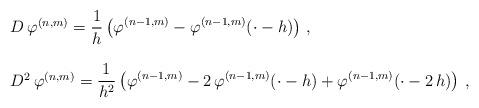
LaTeX: \begin{align*} \begin{array}{l}D\,\varphi^{(n,m)} = \displaystyle \frac 1{h} \left (\varphi^{(n-1,m)}-\varphi^{(n-1,m)}(\cdot-h) \right )\,, \\ \\D^2\,\varphi^{(n,m)} =\displaystyle \frac 1{h^2} \left (\varphi^{(n-1,m)}-2\,\varphi^{(n-1,m)}(\cdot-h)+\varphi^{(n-1,m)}(\cdot-2\,h) \right )\,,\end{array}\end{align*}